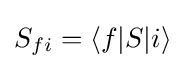
S_{fi}=\langle f|S|i\rangle \;